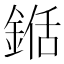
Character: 𮢍